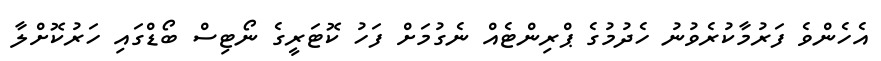
އެހެންވެ ފަރުމާކުރެވުނު ހެދުމުގެ ޕްރިންޓެއް ނެގުމަށް ފަހު ކޮޓަރީގެ ނޯޓިސް ބޯޑްގައި ހަރުކޮށްލާ